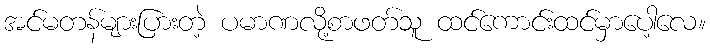
အင်မတန်များပြားတဲ့ ပမာဏလို့စာဖတ်သူ ထင်ကောင်းထင်မှာပေါ့လေ။